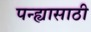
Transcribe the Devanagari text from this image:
पन्ह्यासाठी